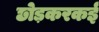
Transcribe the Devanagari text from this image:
छोड़करकई